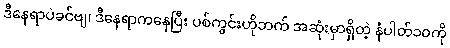
ဒီနေရာပဲခင်ဗျ၊ ဒီနေရာကနေပြီး ပစ်ကွင်းဟိုဘက် အဆုံးမှာရှိတဲ့ နံပါတ်၁၀ကို